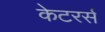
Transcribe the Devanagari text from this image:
केटरर्स